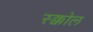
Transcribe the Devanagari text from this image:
स्क्कोल